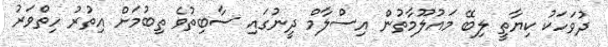
ދުވަހަކު ކިޔާތީ ލިބޭ މައުލޫމާތުން އިސްލާމް ދީނުގައި ސާބިތުވެ ތިބުމަށް އިތުރު ހިތްވަރު